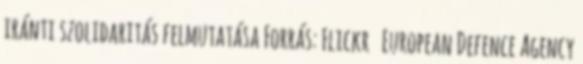
iránti szolidaritás felmutatása Forrás: Flickr European Defence Agency